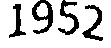
1952